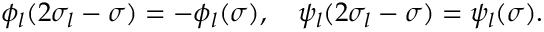
\phi _ { l } ( 2 \sigma _ { l } - \sigma ) = - \phi _ { l } ( \sigma ) , \quad \psi _ { l } ( 2 \sigma _ { l } - \sigma ) = \psi _ { l } ( \sigma ) .